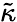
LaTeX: \tilde{\kappa}